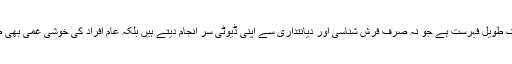
پی ایس پی افسران کی ایک طویل فہرست ہے جو نہ صرف فرش شناسی اور دیانتداری سے اپنی ڈیوٹی سر انجام دیتے ہیں بلکہ عام افراد کی خوشی غمی بھی ضرور شرکت کرتے ہیں۔